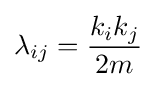
\lambda _{ij}={\frac {k_{i}k_{j}}{2m}}